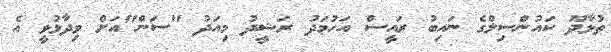
ތުޅާދޫ ކައުންސިލްގެ ނައިބު ރައީސް އަހުމަދު ރަޝީދު މިއަދު "ސަން"އަށް ވިދާޅުވީ އެ